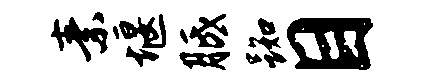
素堰胝踟目